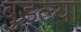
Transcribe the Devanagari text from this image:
बुडल्या